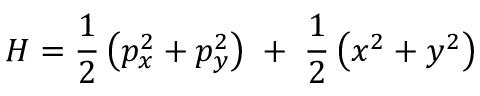
H = \frac { 1 } { 2 } \left( p _ { x } ^ { 2 } + p _ { y } ^ { 2 } \right) \; + \; \frac { 1 } { 2 } \left( x ^ { 2 } + y ^ { 2 } \right) \nonumber